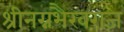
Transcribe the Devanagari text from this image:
श्रीनग्नभैरवराज